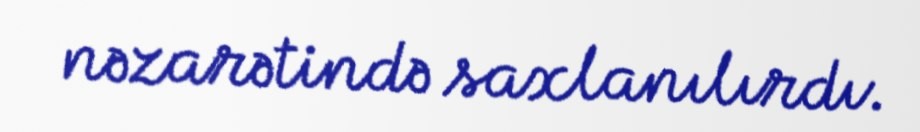
nəzarətində saxlanılırdı.